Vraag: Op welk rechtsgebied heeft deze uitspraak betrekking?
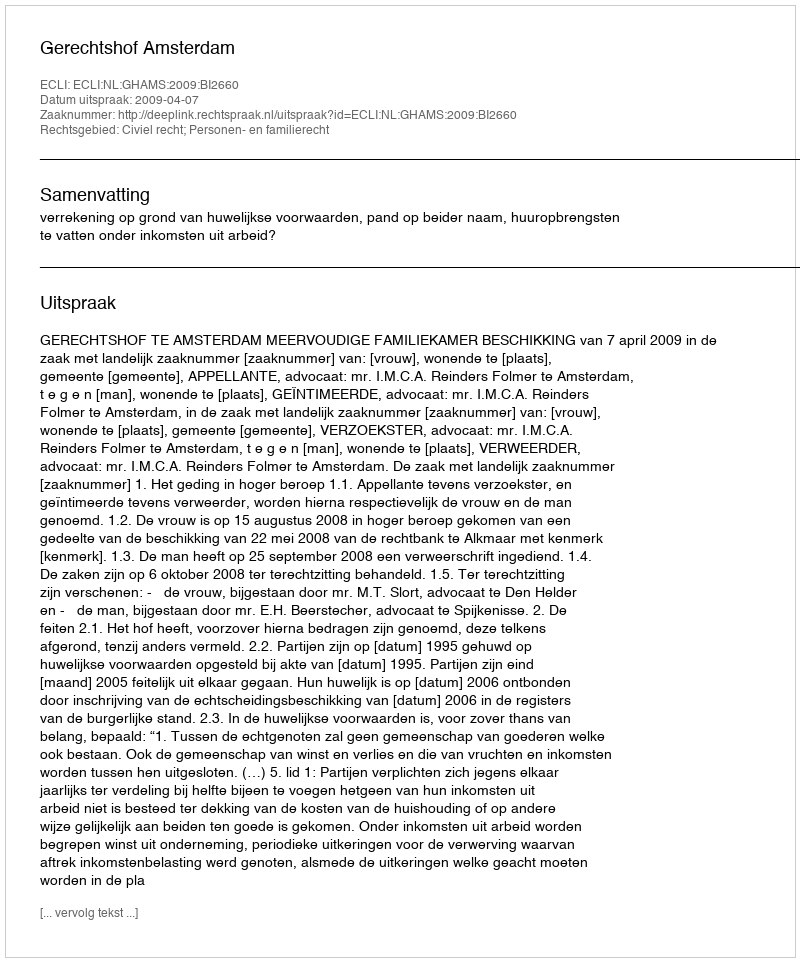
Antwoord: Civiel recht; Personen- en familierecht